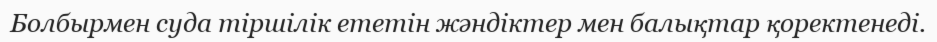
Болбырмен суда тіршілік ететін жәндіктер мен балықтар қоректенеді.